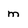
Character: m